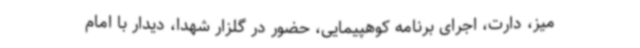
میز، دارت، اجرای برنامه کوهپیمایی، حضور در گلزار شهدا، دیدار با امام